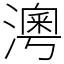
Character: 澚